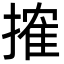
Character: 搉